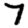
Digit: 7